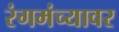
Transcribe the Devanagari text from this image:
रंगमंच्यावर